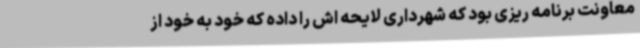
معاونت برنامه ریزی بود که شهرداری لایحه اش را داده که خود به خود از